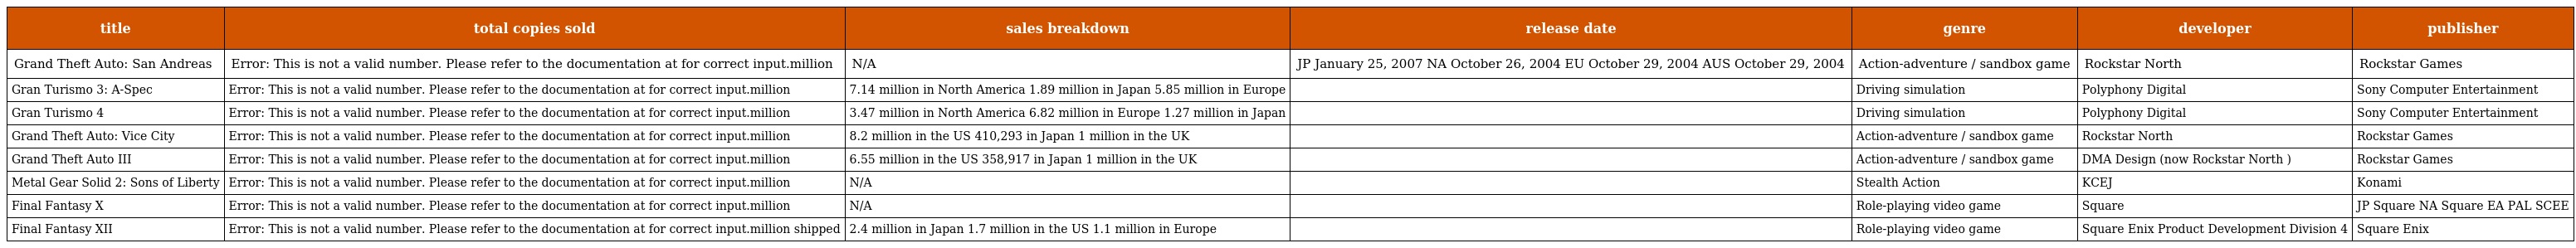
| title | total copies sold | sales breakdown | release date | genre | developer | publisher |
 | --- | --- | --- | --- | --- | --- | --- |
 | Grand Theft Auto: San Andreas | Error: This is not a valid number. Please refer to the documentation at for correct input.million | N/A | JP January 25, 2007 NA October 26, 2004 EU October 29, 2004 AUS October 29, 2004 | Action-adventure / sandbox game | Rockstar North | Rockstar Games |
 | Gran Turismo 3: A-Spec | Error: This is not a valid number. Please refer to the documentation at for correct input.million | 7.14 million in North America 1.89 million in Japan 5.85 million in Europe |  | Driving simulation | Polyphony Digital | Sony Computer Entertainment |
 | Gran Turismo 4 | Error: This is not a valid number. Please refer to the documentation at for correct input.million | 3.47 million in North America 6.82 million in Europe 1.27 million in Japan |  | Driving simulation | Polyphony Digital | Sony Computer Entertainment |
 | Grand Theft Auto: Vice City | Error: This is not a valid number. Please refer to the documentation at for correct input.million | 8.2 million in the US 410,293 in Japan 1 million in the UK |  | Action-adventure / sandbox game | Rockstar North | Rockstar Games |
 | Grand Theft Auto III | Error: This is not a valid number. Please refer to the documentation at for correct input.million | 6.55 million in the US 358,917 in Japan 1 million in the UK |  | Action-adventure / sandbox game | DMA Design (now Rockstar North ) | Rockstar Games |
 | Metal Gear Solid 2: Sons of Liberty | Error: This is not a valid number. Please refer to the documentation at for correct input.million | N/A |  | Stealth Action | KCEJ | Konami |
 | Final Fantasy X | Error: This is not a valid number. Please refer to the documentation at for correct input.million | N/A |  | Role-playing video game | Square | JP Square NA Square EA PAL SCEE |
 | Final Fantasy XII | Error: This is not a valid number. Please refer to the documentation at for correct input.million shipped | 2.4 million in Japan 1.7 million in the US 1.1 million in Europe |  | Role-playing video game | Square Enix Product Development Division 4 | Square Enix |